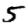
Digit: 5